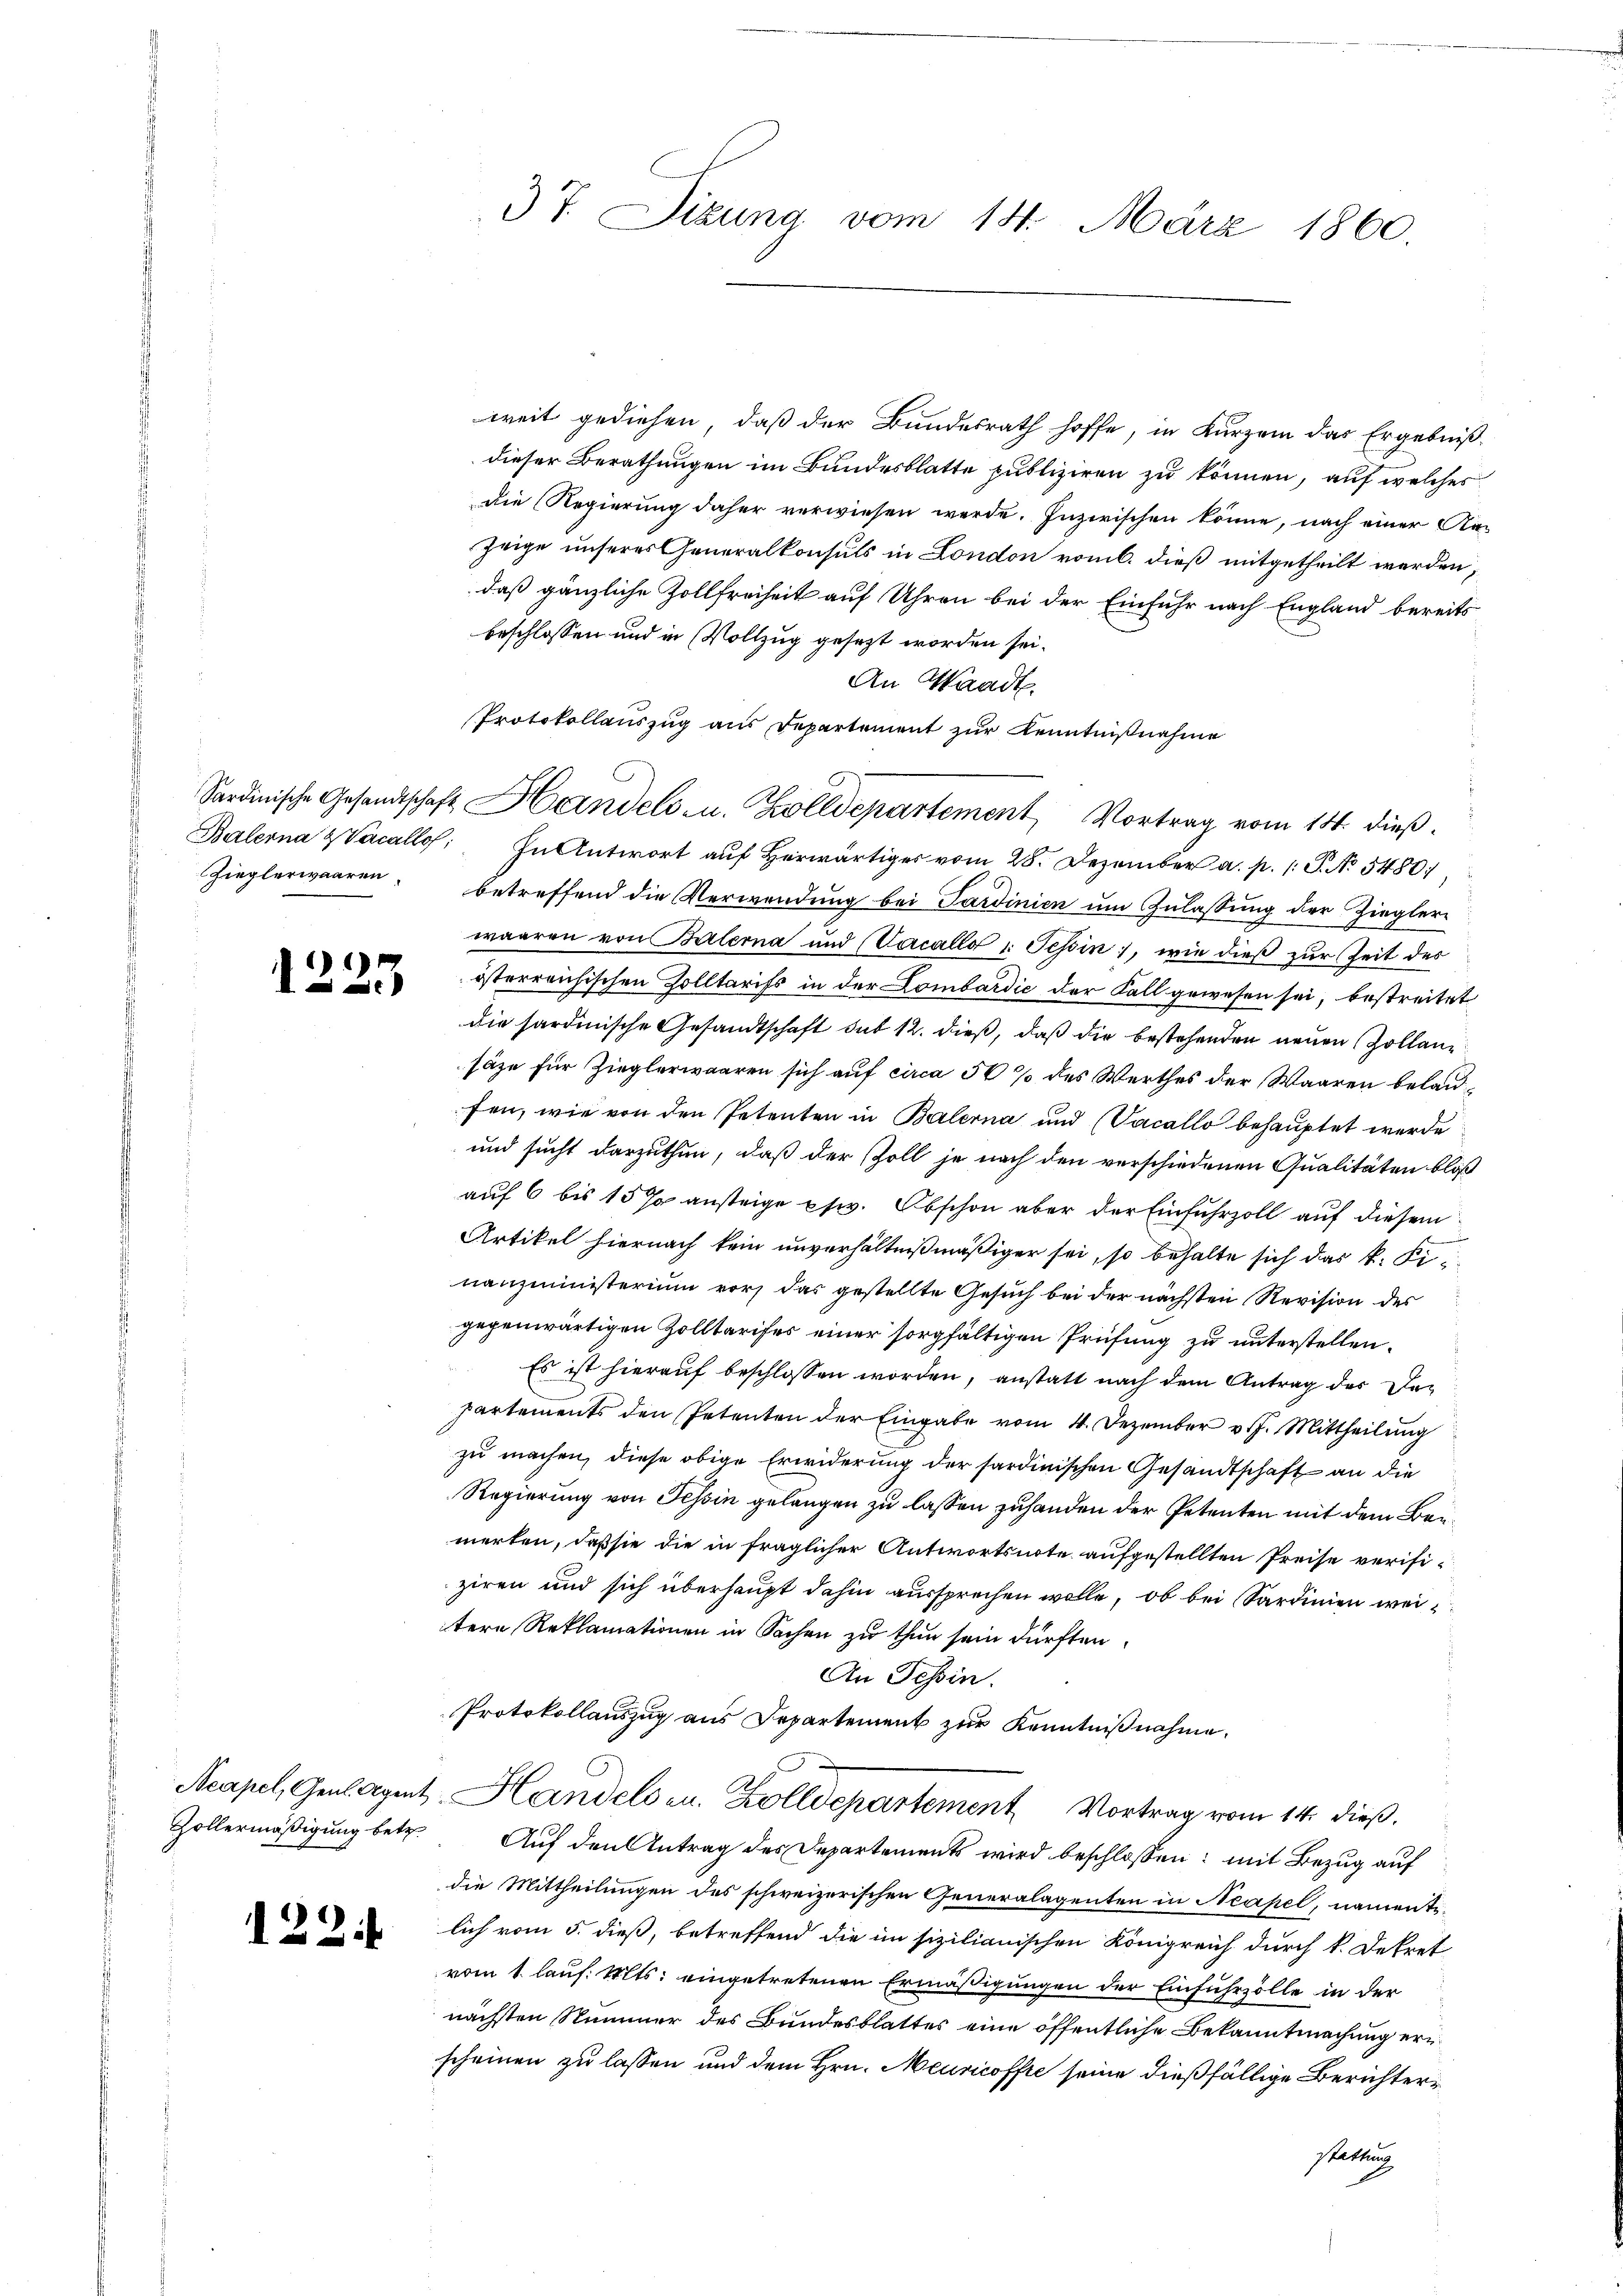
)
1

weit gediehen, daß der Bundesrath hoffe, in Kurzem das Ergebniß
dieser Berathungen im Bundesblatte publiziren zu können, auf welches
die Regierung daher verwiesen werde. Inzwischen könne, nach einer An-
Zeige unseres Generalkonsuls in London vom 6. dieß mitgetheilt werden,
daß gänzliche Zollfreiheit auf Uhren bei der Einfuhr nach England bereits
beschlossen und in Vollzug gesezt worden sei.
An Waadt.
Protokollauszug aus Departement zur Kenntnißnahme
Balerna & Vercallo; In Antwort auf Herwärtiges vom 28. Dezember a. p. 1: P. No 5480)
Zieglerwaaren. betreffend die Verwendŭng bei Sardinien ŭm Zŭlassŭng der Ziegler-
waaren von Balerna und (Vacallo 1. Tessin, wie dieß zur Zeit des
österreichischen Zolltarifs in der Lombardić der Fall gewesen sei, bestreitet
die sardinische Gesandtschaft sub 12. dieß, daß die bestehenden neuen Zollansäze für Zieglerwaaren sich auf circa 50 % des Werthes der Waaren belaufen, wie von den Petenten in Balerna und (Vacallo behauptet werde
und sucht darzuthun, daß der Zoll je nach den verschiedenen Qualitäten bloß
auf 6 bis 15 % ansteige psiv. Abschon aber der Einfuhrzoll auf diesem
Artikel hiernach kein unverhältnißmäßiger sei, so behalte sich das k. Finanzministerium vor, das gestellte Gesuch bei der nächsten Revision des
gegenwärtigen Zolltarifes einer sorgfältigen Prüfung zu unterstellen.
Es ist hierauf beschlossen worden, anstatt nach dem Antrag der Departements den Petenten der Eingabe vom 4. Dezember v. J. Mittheilung
zu machen, diese obige Erwiderung der sardinischen Gesandtschaft an die
Regierung von Tessin gelangen zu lassen zuhanden der Petenten mit dem Brumerten, daß sie die in fraglicher Antwortsnote aufgestellten Preise verifi-
ziren und sich überhaupt dahin aussprechen wolle, ob bei Sardinien wei
tere Reklamationen in Sachen zu thun sein dürften.
An Tessin.
Protokollauszug aus Departement zur Kenntnißnahme.
Neapel, Genlagent, Handels zu. Zolldepartement Vortrag vom 14. dieß.
Zollermäßigung betr. Auf den Antrag des Departements wird beschlossen: mit Bezug auf
die Mittheilungen des schweizerischen Generalagenten in Neapel, namentilich vom 5. dieß, betreffend die im sizilianischen Königreich durch k. Dekret
vom 1. lauf. Mts. eingetretenen Ermäßigungen der Einfuhrzölle in der
nächsten Nummer des Bundesblattes eine öffentliche Bekanntmachung erscheinen zu lassen und dem Hrn. Meuricoffre seine dießfällige Berichter¬
Stattung

122.

37. Dizung vom 14. März 1860.

Sardinische Gesandtschaft Handels u. Zolldepartement Vortrag vom 14. dieß